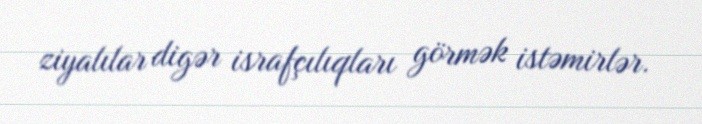
ziyalılar digər israfçılıqları görmək istəmirlər.